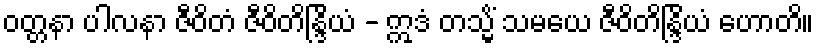
ဝတ္တနာ ပါလနာ ဇီဝိတံ ဇီဝိတိန္ဒြိယံ - ဣဒံ တသ္မိံ သမယေ ဇီဝိတိန္ဒြိယံ ဟောတိ။